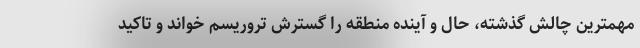
مهمترین چالش گذشته، حال و آینده منطقه را گسترش تروریسم خواند و تاکید